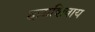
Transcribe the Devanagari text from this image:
हय़ाशिवाय